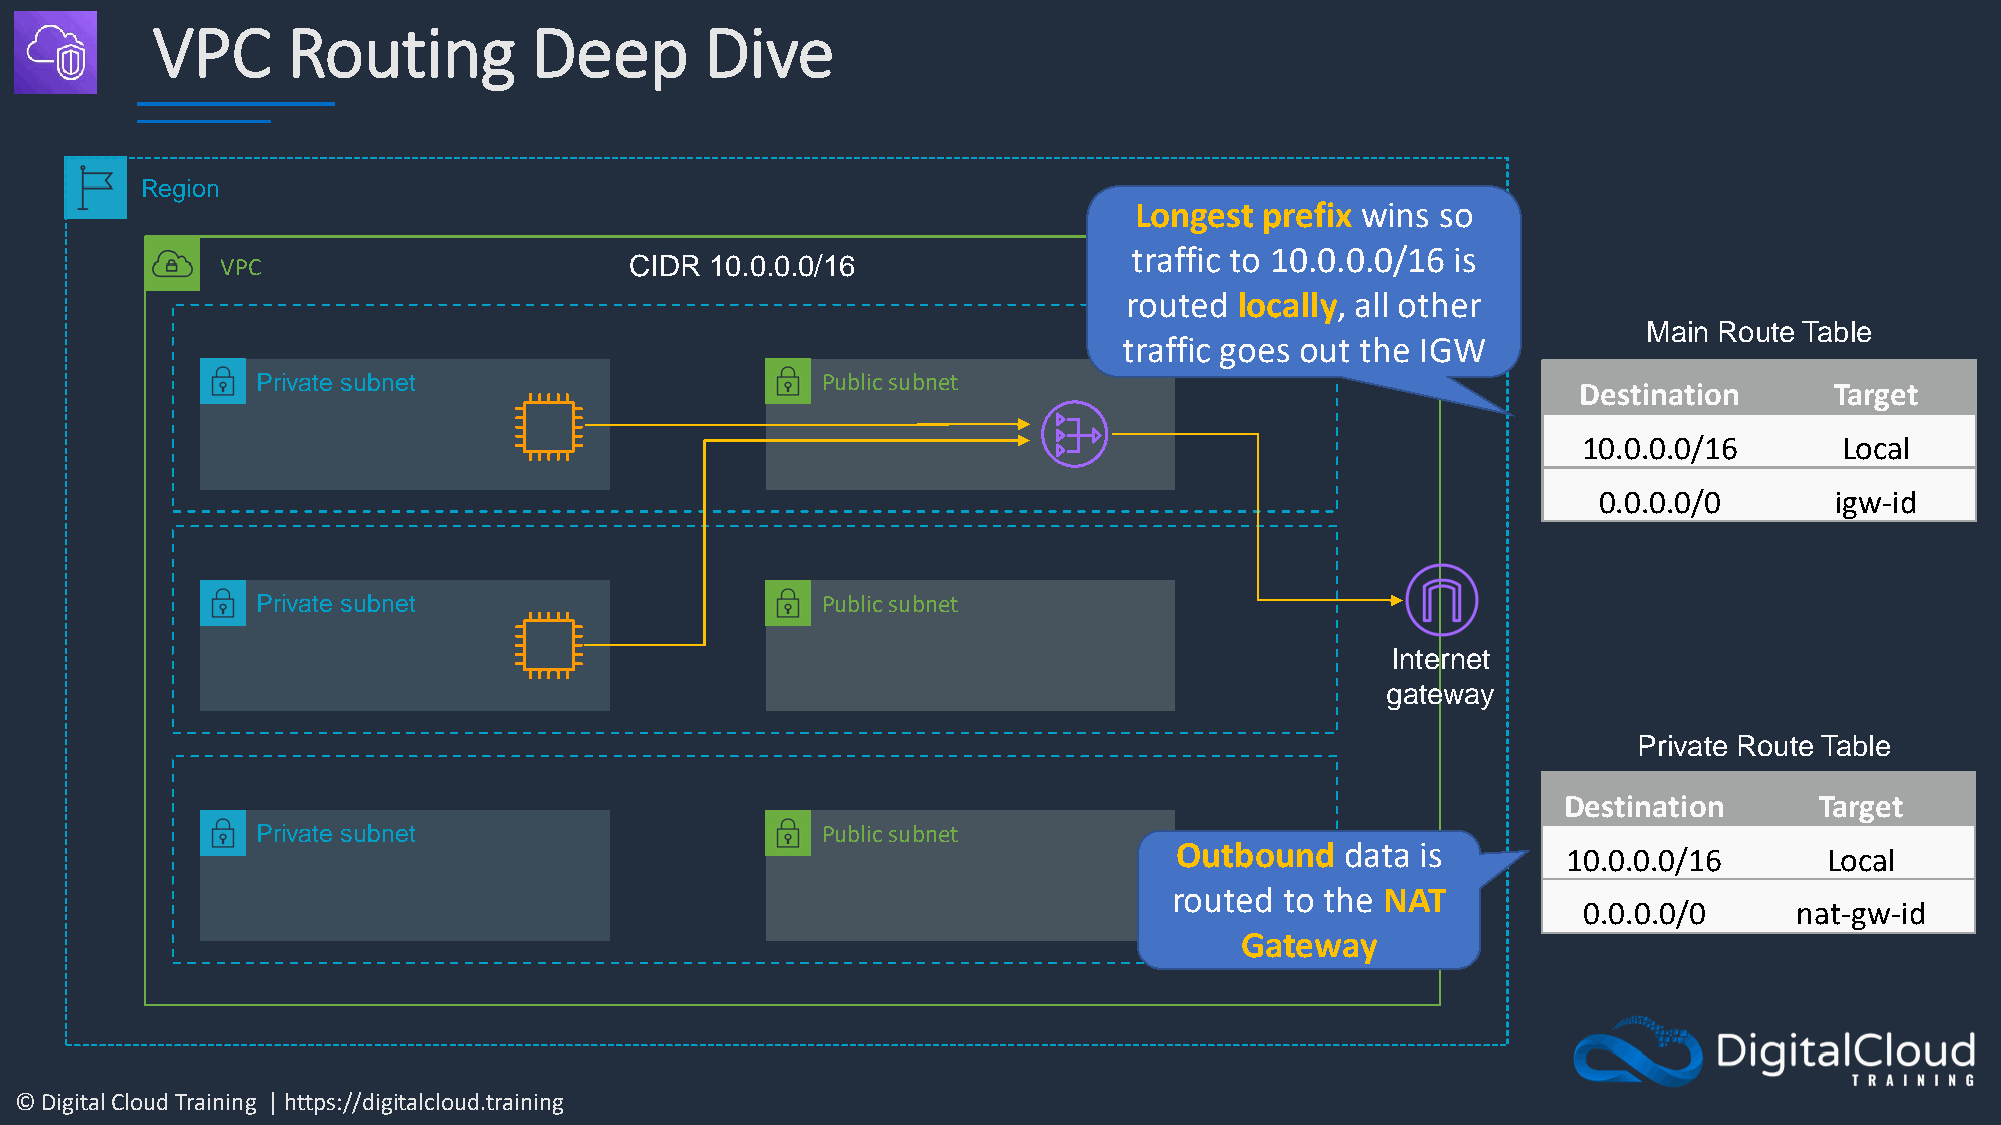
VPC      Routing         Deep        Dive
 Region
 Longest  prefix wins so
 traffic to 10.0.0.0/16 is
 VPC                        CIDR 10.0.0.0/16
 routed locally, all other
 Main Route Table
 traffic goes out the IGW
 Private subnet                       Public subnet
 Destination     Target
 10.0.0.0/16      Local
 0.0.0.0/0      igw-id
 Private subnet                       Public subnet
 Internet
 gateway
 Private Route Table
 DDeessttiinnaattiioonn TTaarrggeett
 Private subnet                       Public subnet
 Outbound   data is        1100..00..00..00//1166 LLooccaall
 routed to the NAT
 0.0.0.0/0     nat-gw-id
 Gateway
 © Digital Cloud Training | https://digitalcloud.training